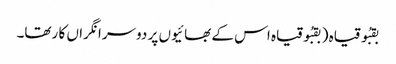
بقبُو قیاہ ( بقبُوقیاہ اس کے بھا ئیوں پر دوسرا نگراں کا رتھا۔